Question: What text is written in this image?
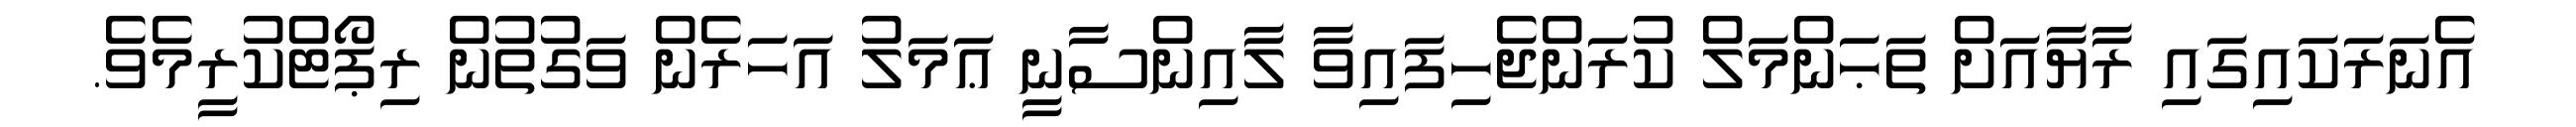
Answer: އެނަރަކައިގައި ރާޔާއަށް ތަޙަންމަލް ކުރަންޖެހިފައިވާ ލާއިންސާނީ ޢަމަލު އަހަރެން ވަގުތުން ރިޕޯޓްކުރީމެވެ.